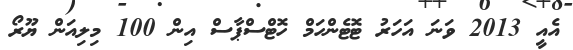
އެއީ 2013 ވަނަ އަހަރު ޓޮޓެންހަމް ހޮޓްސްޕާސް އިން 100 މިލިއަން ޔޫރޯ